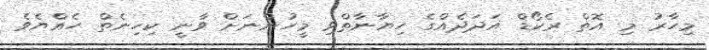
މިހާރު މި އޮތް ރެކޯޑް އަދަދެއްގެ ހިޔާނާތްވި މީހުންނަށް ވާނީ ކިހިނެތް ހެއްޔެވެ